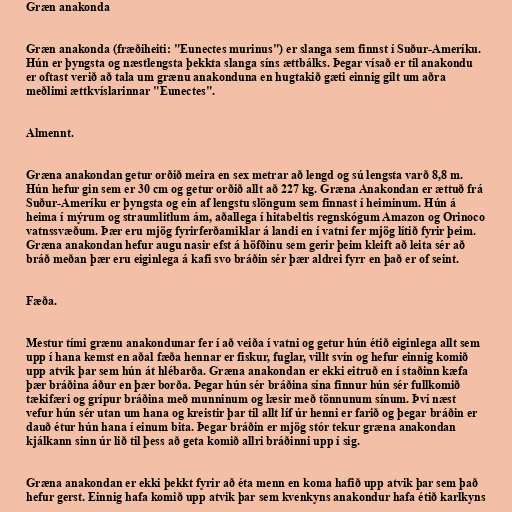
Græn anakonda

Græn anakonda (fræðiheiti: "Eunectes murinus") er slanga sem finnst í Suður-Ameríku.
Hún er þyngsta og næstlengsta þekkta slanga síns ættbálks. Þegar vísað er til anakondu
er oftast verið að tala um grænu anakonduna en hugtakið gæti einnig gilt um aðra
meðlimi ættkvíslarinnar "Eunectes".

Almennt.

Græna anakondan getur orðið meira en sex metrar að lengd og sú lengsta varð 8,8 m.
Hún hefur gin sem er 30 cm og getur orðið allt að 227 kg. Græna Anakondan er ættuð frá
Suður-Ameríku er þyngsta og ein af lengstu slöngum sem finnast í heiminum. Hún á
heima í mýrum og straumlitlum ám, aðallega í hitabeltis regnskógum Amazon og Orinoco
vatnssvæðum. Þær eru mjög fyrirferðamiklar á landi en í vatni fer mjög lítið fyrir þeim.
Græna anakondan hefur augu nasir efst á höfðinu sem gerir þeim kleift að leita sér að
bráð meðan þær eru eiginlega á kafi svo bráðin sér þær aldrei fyrr en það er of seint.

Fæða.

Mestur tími grænu anakondunar fer í að veiða í vatni og getur hún étið eiginlega allt sem
upp í hana kemst en aðal fæða hennar er fiskur, fuglar, villt svín og hefur einnig komið
upp atvik þar sem hún át hlébarða. Græna anakondan er ekki eitruð en í staðinn kæfa
þær bráðina áður en þær borða. Þegar hún sér bráðina sína finnur hún sér fullkomið
tækifæri og grípur bráðina með munninum og læsir með tönnunum sínum. Því næst
vefur hún sér utan um hana og kreistir þar til allt líf úr henni er farið og þegar bráðin er
dauð étur hún hana í einum bita. Þegar bráðin er mjög stór tekur græna anakondan
kjálkann sinn úr lið til þess að geta komið allri bráðinni upp í sig.

Græna anakondan er ekki þekkt fyrir að éta menn en koma hafið upp atvik þar sem það
hefur gerst. Einnig hafa komið upp atvik þar sem kvenkyns anakondur hafa étið karlkyns